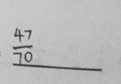
\frac { 4 7 } { 7 0 }